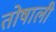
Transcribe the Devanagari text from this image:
तोषाली